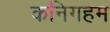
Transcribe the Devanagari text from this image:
कनिगहम